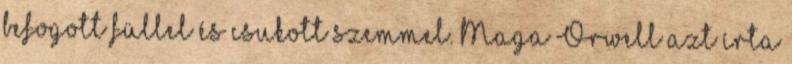
befogott füllel és csukott szemmel. Maga Orwell azt írta